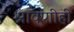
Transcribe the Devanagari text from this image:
श्रावणीही